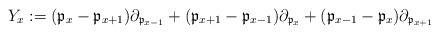
LaTeX: \begin{align*}Y_x:=({\frak p}_x-{\frak p}_{x+1})\partial_{{\frak p}_{x-1}}+({\frak p}_{x+1}-{\frak p}_{x-1})\partial_{{\frak p}_{x}}+({\frak p}_{x-1}-{\frak p}_{x})\partial_{{\frak p}_{x+1}}\end{align*}